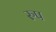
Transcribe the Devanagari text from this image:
रुप